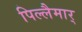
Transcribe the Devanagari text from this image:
पिल्लैमार्